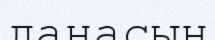
данасын